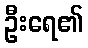
ဦးရေ၏